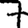
Digit: 7